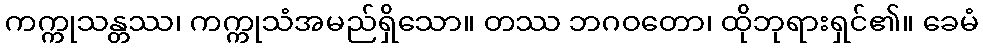
ကက္ကုသန္တဿ၊ ကက္ကုသံအမည်ရှိသော။ တဿ ဘဂဝတော၊ ထိုဘုရားရှင်၏။ ခေမံ